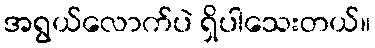
အရွယ်လောက်ပဲ ရှိပါသေးတယ်။